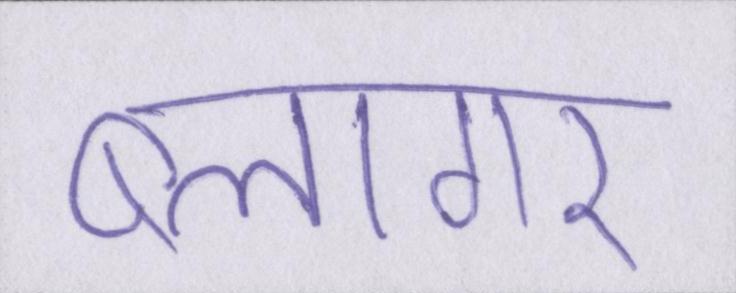
ब्लागर